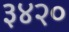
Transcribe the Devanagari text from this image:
३४२०